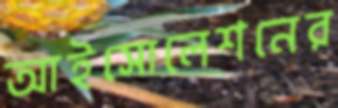
আইসোলেশনের